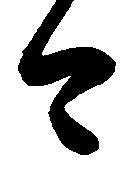
今